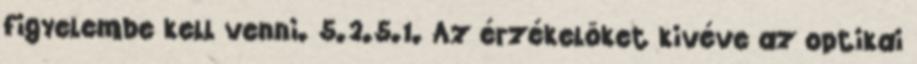
figyelembe kell venni. 5.2.5.1. Az érzékelõket kivéve az optikai